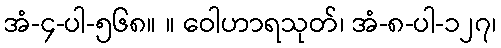
အံ-၄-ပါ-၅၆၈။ ။ ဝေါဟာရသုတ်၊ အံ-၈-ပါ-၁၂၇၊